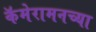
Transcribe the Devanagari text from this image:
कॅमेरामनच्या